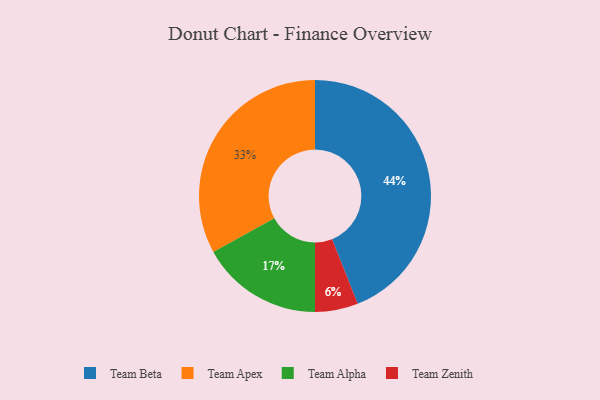
{"axis": {"x": "Category", "y": "Percentage"}, "legend": ["Team Alpha", "Team Apex", "Team Beta", "Team Zenith"], "data": [{"x": "Team Alpha", "y": 17, "type": "Team Alpha"}, {"x": "Team Zenith", "y": 6, "type": "Team Zenith"}, {"x": "Team Apex", "y": 33, "type": "Team Apex"}, {"x": "Team Beta", "y": 44, "type": "Team Beta"}]}